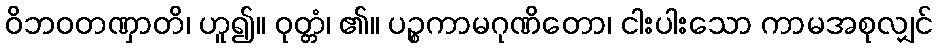
ဝိဘဝတဏှာတိ၊ ဟူ၍။ ဝုတ္တံ၊ ၏။ ပဉ္စကာမဂုဏိတော၊ ငါးပါးသော ကာမအစုလျှင်